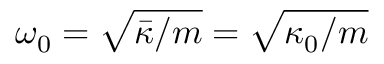
\omega _ { 0 } = \sqrt { \bar { \kappa } / m } = \sqrt { \kappa _ { 0 } / m }